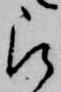
被